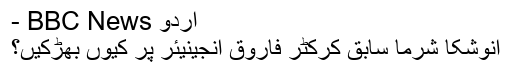
- BBC News اردو
انوشکا شرما سابق کرکٹر فاروق انجینیئر پر کیوں بھڑکیں؟